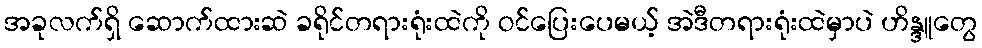
အခုလက်ရှိ ဆောက်ထားဆဲ ခရိုင်တရားရုံးထဲကို ဝင်ပြေးပေမယ့် အဲဒီတရားရုံးထဲမှာပဲ ဟိန္ဒူတွေ